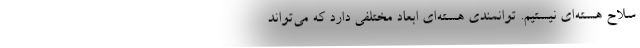
سلاح هسته‌ای نیستیم. توانمندی هسته‌‌ای ابعاد مختلفی دارد که می‌تواند